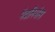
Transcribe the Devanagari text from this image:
पेदानियोस